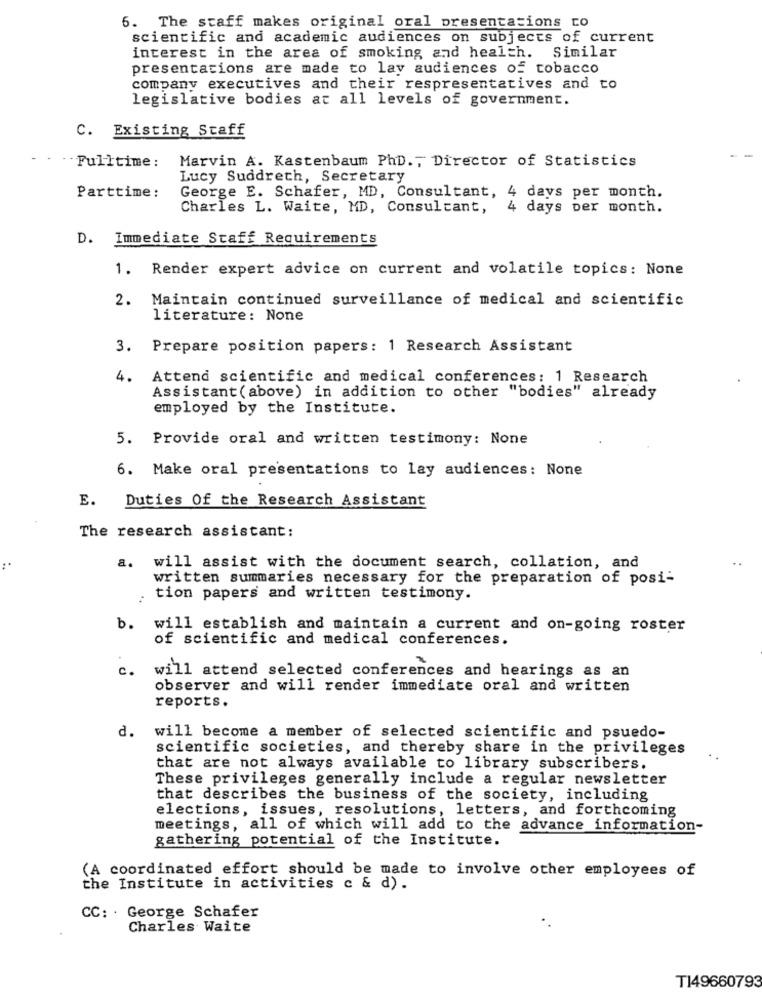
6. The staff makes original oral presentations to
scientific and academic audiences on subjects of current
Similar
interest in the area of smoking and health.
presentations are made to lay audiences of tobacco
company executives and their respresentatives and to
legislative bodies at all levels of government.
C. Existing Staff
Marvin A. Kastenbaum PhD ., Director of Statistics
Fulltime :
Lucy Suddreth, Secretary
George E. Schafer, MD, Consultant, 4 days per month.
Parttime:
Charles L. Waite, MD, Consultant, 4 days per month.
D. Immediate Staff Requirements
1. Render expert advice on current and volatile topics: None
2. Maintain continued surveillance of medical and scientific
literature: None
3. Prepare position papers: 1 Research Assistant
4.
Attend scientific and medical conferences: 1 Research
Assistant (above) in addition to other "bodies" already
employed by the Institute.
5. Provide oral and written testimony: None
6. Make oral presentations to lay audiences: None
E.
Duties Of the Research Assistant
The research assistant:
..
will assist with the document search, collation, and
written summaries necessary for the preparation of posi-
tion papers and written testimony.
b.
will establish and maintain a current and on-going roster
of scientific and medical conferences.
c.
will attend selected conferences and hearings as an
observer and will render immediate oral and written
reports.
d. will become a member of selected scientific and psuedo-
scientific societies, and thereby share in the privileges
that are not always available to library subscribers.
These privileges generally include a regular newsletter
that describes the business of the society, including
elections, issues, resolutions, letters, and forthcoming
meetings, all of which will add to the advance information-
gathering potential of the Institute.
(A coordinated effort should be made to involve other employees of
the Institute in activities c & d).
CC: . George Schafer
Charles Waite
T149660793